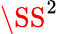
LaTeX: \SS^{2}